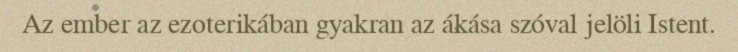
Az ember az ezoterikában gyakran az ákása szóval jelöli Istent.